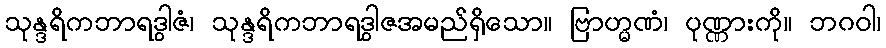
သုန္ဒရိကဘာရဒွါဇံ၊ သုန္ဒရိကဘာရဒွါဇအမည်ရှိသော။ ဗြာဟ္မဏံ၊ ပုဏ္ဏားကို။ ဘဂဝါ၊